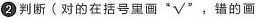
②判断(对的在括号里画”√”，错的画